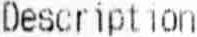
DESCRIPTION